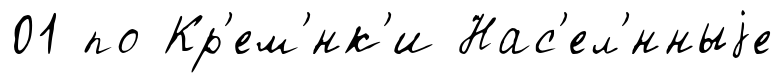
01 по Кр'ем'́нк'и Нас'ел'́нныjе